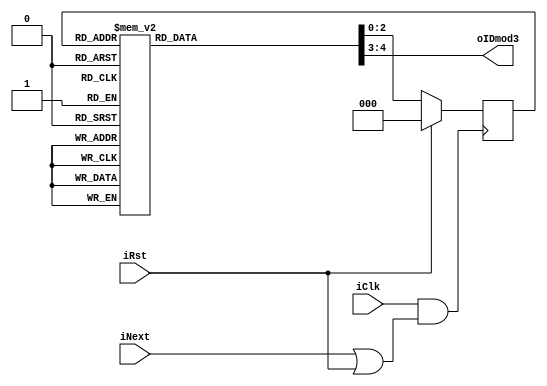
module NextID0to2(iClk, iRst, iNext, oIDmod3);
	input iClk, 		// System clock
		iNext,		// Next value to be produced on 0->1 clock edge when ClockEnable=1
		iRst;			// Resets to starting state.

	output reg [1:0] oIDmod3; // The student ID value mod 3 being produced
	
	//current state and next state registers
	reg [2:0] cs, ns;
	
	//sting 27812073 %3 -> 21212010
	//set outputs and next state
	always@(cs)
	begin: stateIDnext
		case(cs)
		3'b000: begin
						ns = 3'b001;
						oIDmod3 = 2'b10;
					end
		3'b001: begin
						ns = 3'b010;
						oIDmod3 = 2'b01;
					end
		3'b010: begin
						ns = 3'b011;
						oIDmod3 = 2'b10;
					end
		3'b011: begin
						ns = 3'b100;
						oIDmod3 = 2'b01;
					end
		3'b100: begin
						ns = 3'b101;
						oIDmod3 = 2'b10;
					end
		3'b101: begin
						ns = 3'b110;
						oIDmod3 = 2'b00;
					end
		3'b110: begin
						ns = 3'b111;
						oIDmod3 = 2'b01;
					end
		3'b111: begin
						ns = 3'b000;
						oIDmod3 = 2'b00;
					end
		
		//default behaves as state 0
		default: begin
						ns = 3'b001;
						oIDmod3 = 2'b10;
					end
		endcase
		
		//to reset, next state is 0
		if (iRst) begin
						ns = 3'b000;
					end
		
		
	end
	
	//triggered with clock and if a new number is requested or rest is triggered
	//set current state equal to next state
	always@(posedge iClk & (iNext | iRst))
	begin: stateIDnextTrigger
		cs <= ns;
	end
	
	
	
endmodule